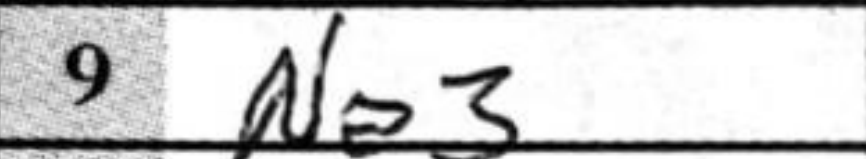
Transcription: Ne3